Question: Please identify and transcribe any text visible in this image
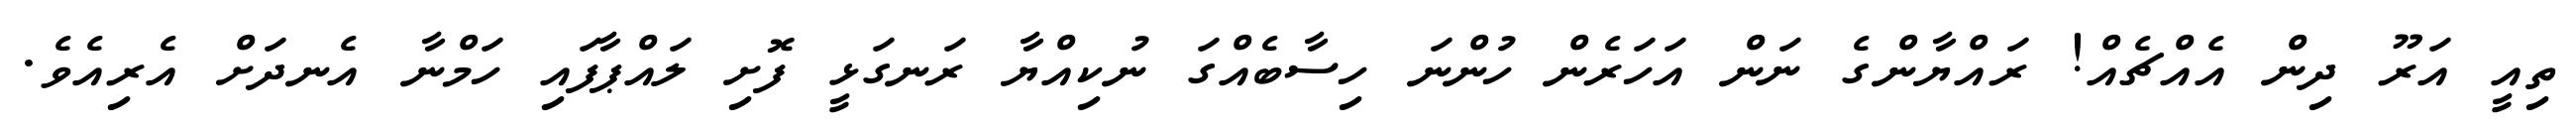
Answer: ތިއީ އަރޫ ދިން އެއްޗެއް! ރައްޔާންގެ ނަން އަހަރެން ހުންނަ ހިސާބެއްގަ ނުކިއްޔާ ރަނގަޅީ ފޮށި ލައްޕާފައި ހަމްނާ އެނދަށް އެރިއެވެ.